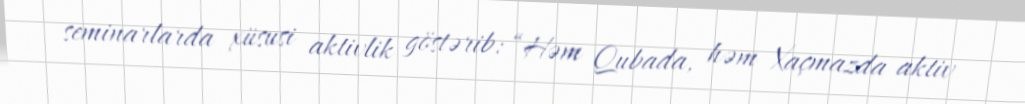
seminarlarda xüsusi aktivlik göstərib: “Həm Qubada, həm Xaçmazda aktiv